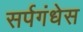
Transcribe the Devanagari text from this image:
सर्पगंधेस